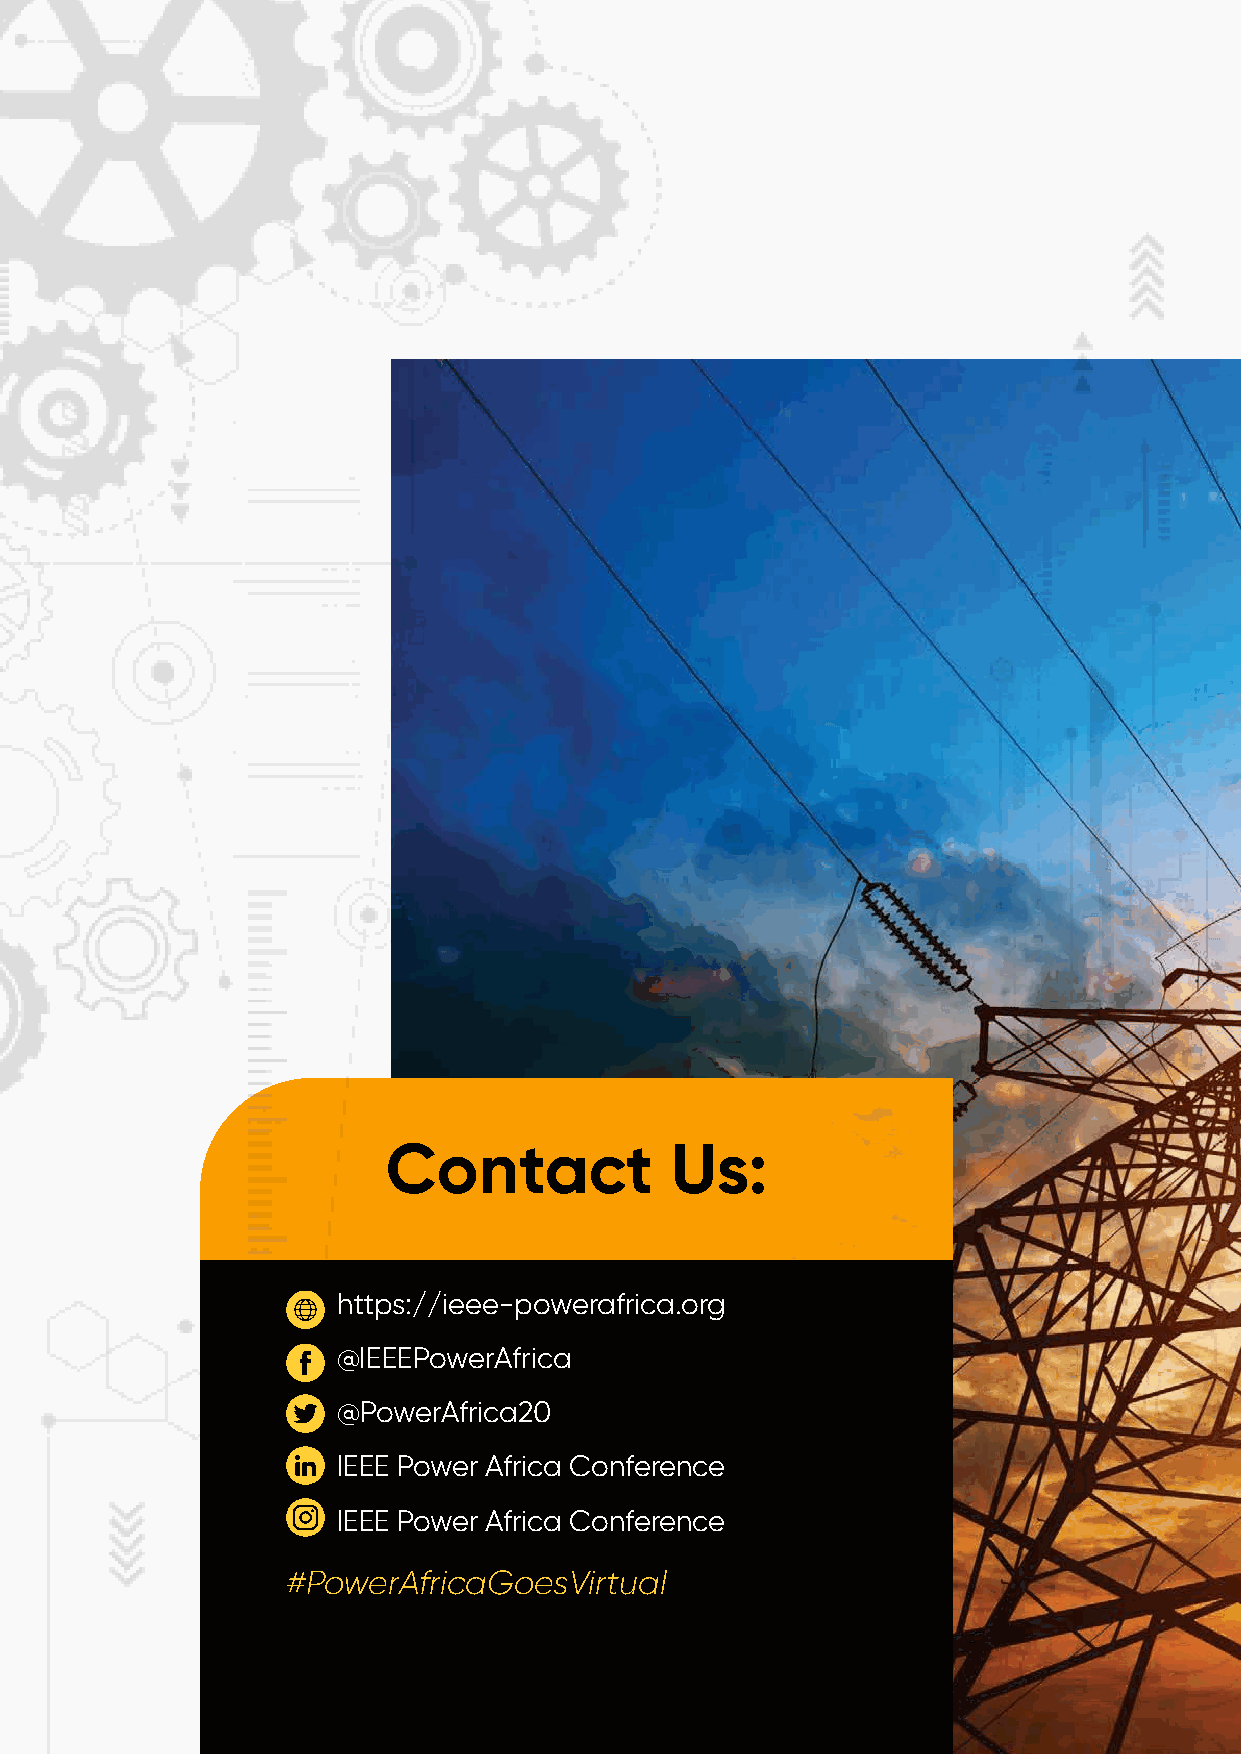
IEEE       PowerAfrica
 Conference
 IEEE PowerAfrica
 2020
 Conference
 2020
 Date: 25th-28th
 August                                                                                            Dates:  25th - 28th August  2020
 Venue:  Virtual
 Contact           Us:
 https://ieee-powerafrica.org
 Thank You
 @IEEEPowerAfrica
 @PowerAfrica20
 IEEE Power Africa Conference
 For your Attendance
 IEEE Power Africa Conference
 #PowerAfricaGoesVirtual